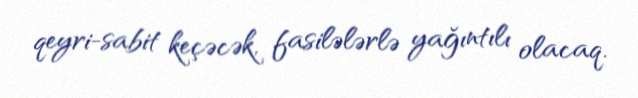
qeyri-sabit keçəcək, fasilələrlə yağıntılı olacaq.